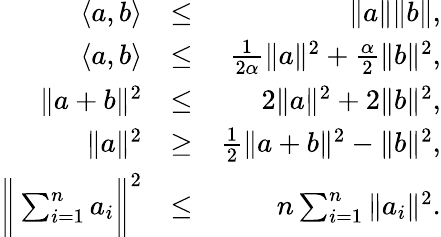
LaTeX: \begin{array}{rlr}{\left\langle a,b\right\rangle}&{\leq}&{\| a\| \| b\| ,}\\ {\left\langle a,b\right\rangle}&{\leq}&{\frac{1}{2\alpha}\| a\| ^{2}+\frac{\alpha}{2}\| b\| ^{2},}\\ {\| a+b\| ^{2}}&{\leq}&{2\| a\| ^{2}+2\| b\| ^{2},}\\ {\| a\| ^{2}}&{\geq}&{\frac{1}{2}\| a+b\| ^{2}-\| b\| ^{2},}\\ {\bigg\| \sum_{i=1}^{n}a_{i}\bigg\| ^{2}}&{\leq}&{n\sum_{i=1}^{n}\| a_{i}\| ^{2}.}\end{array}